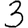
Digit: 3